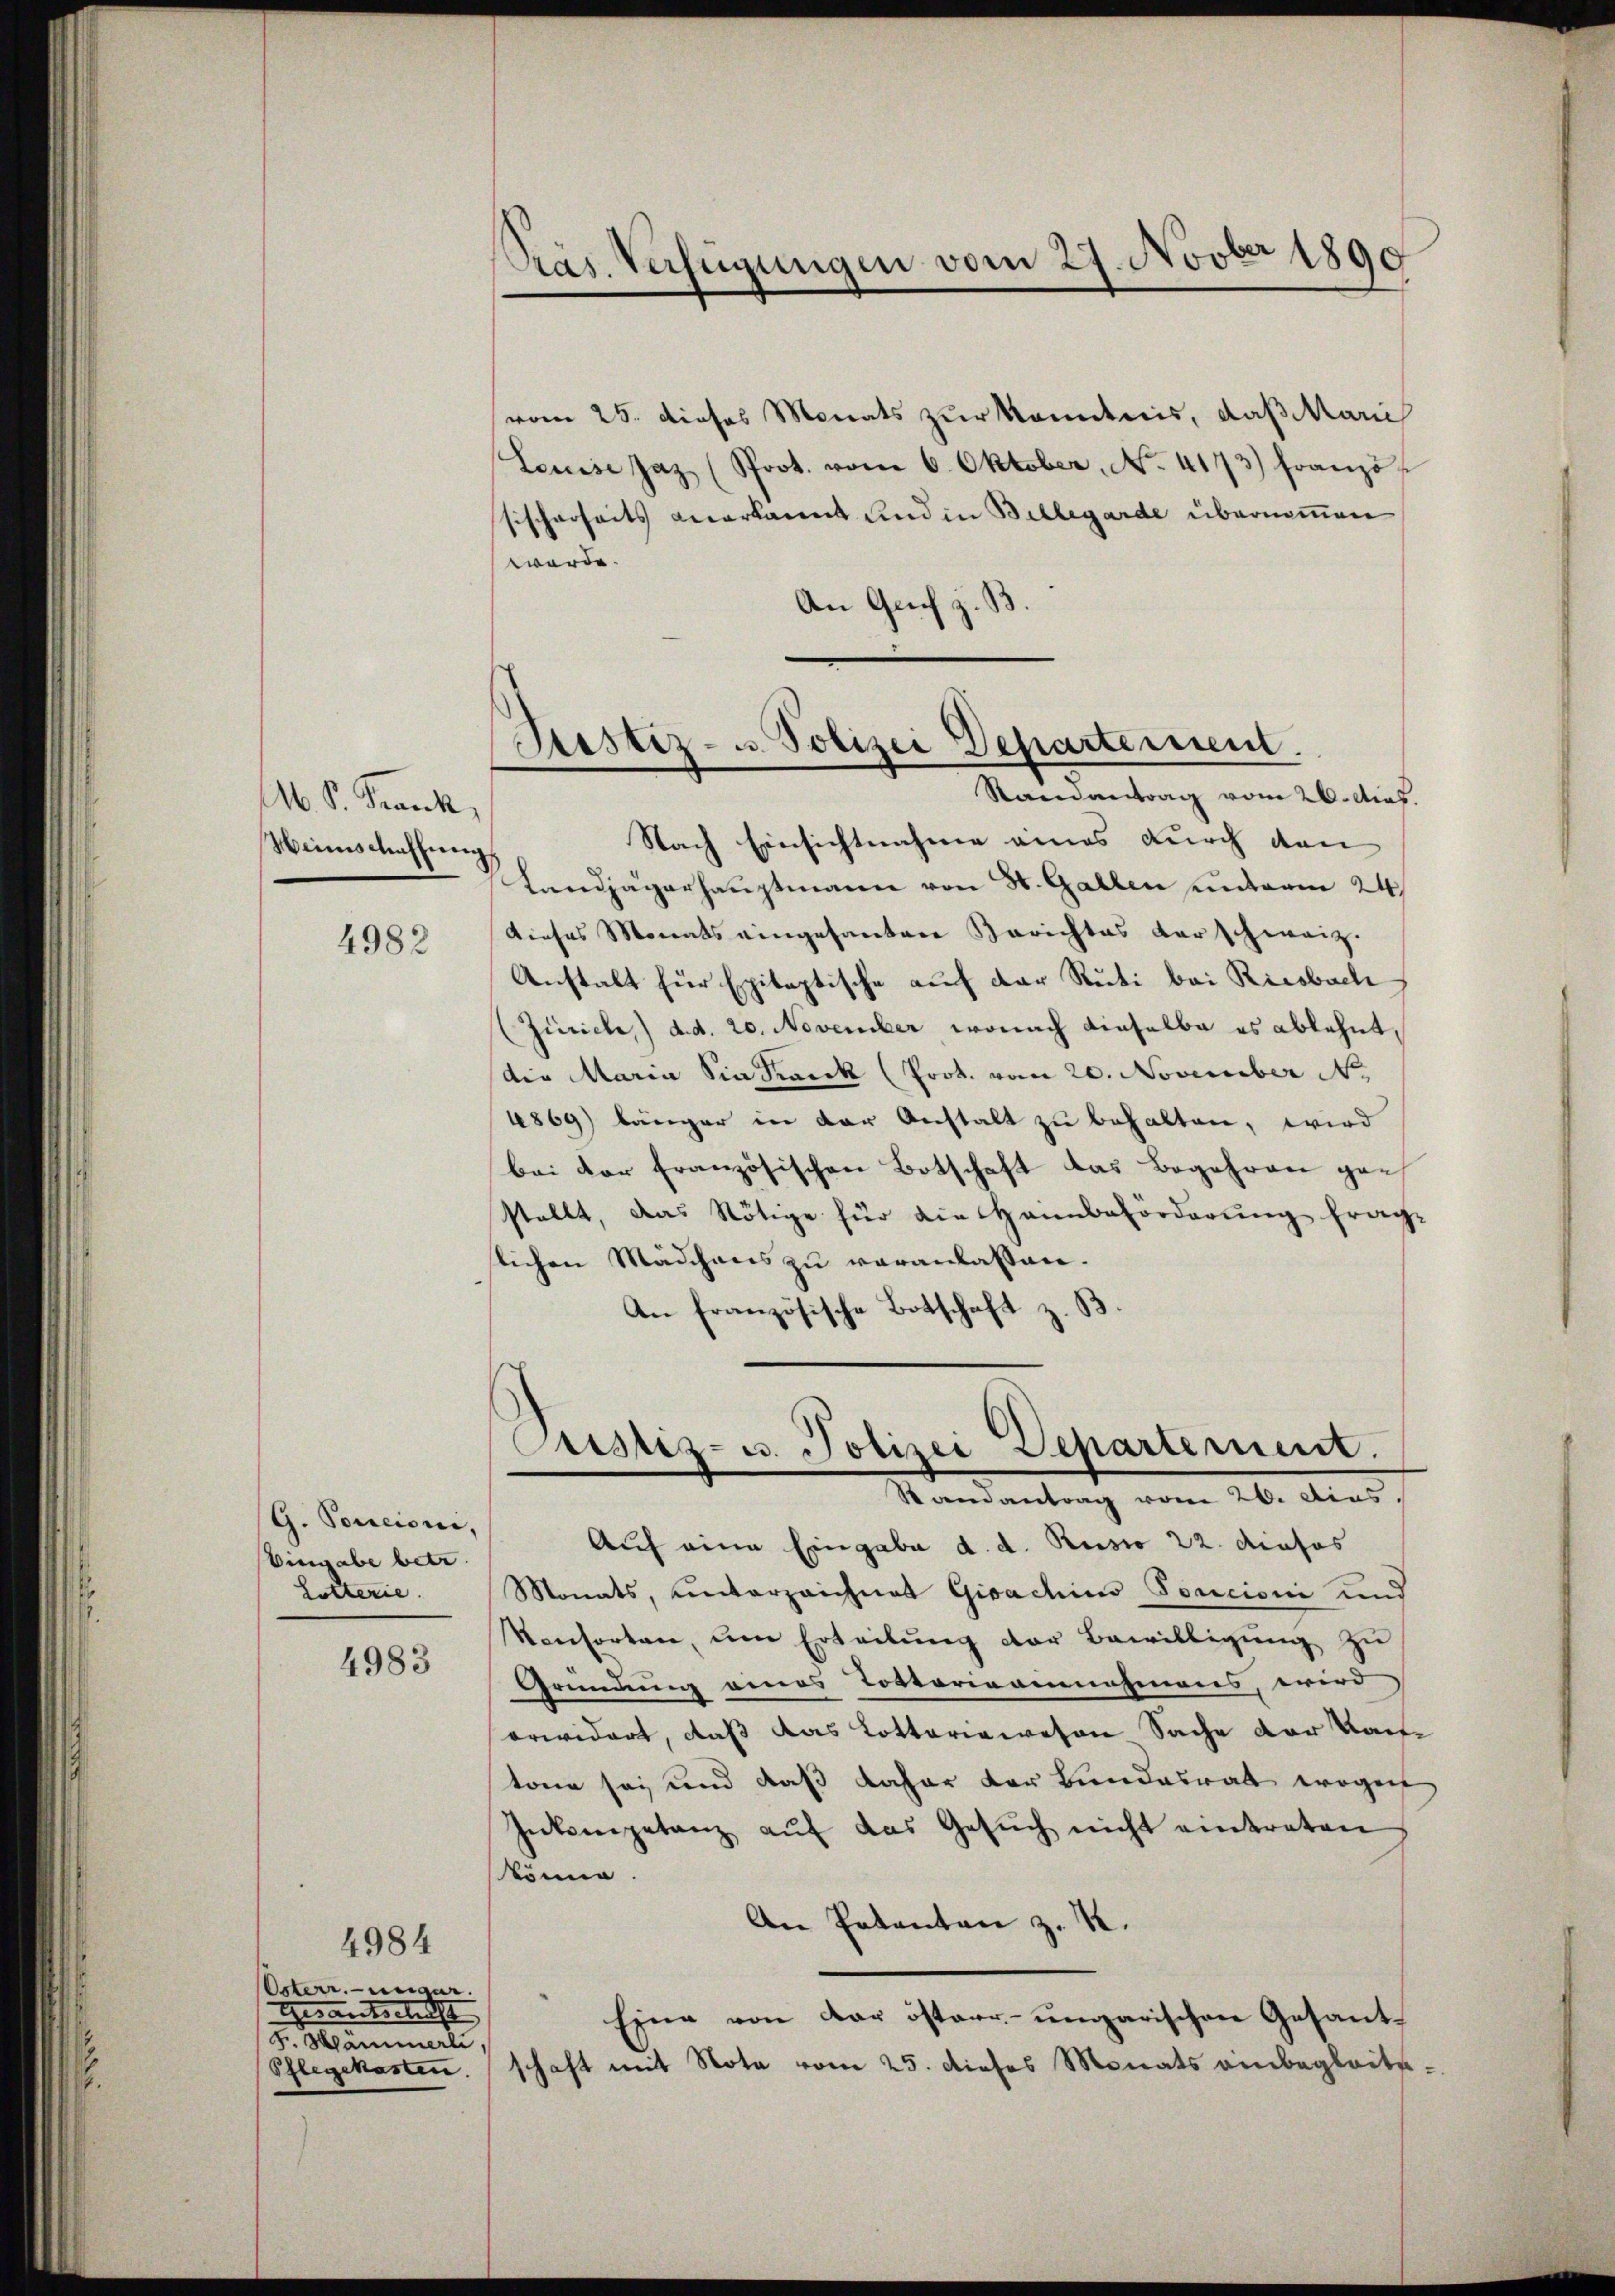
M. P. Frank,
Weinschaffung

4982

(G. Concioni,
Vingabe betr.
Lotterie.

4983

Osterr.-ungar.
Gesandtschaft
z. Stämmerli,
Pflegekasten.

4984

Präs. Verfügungen vom 27. Novber 1890

vom 25. dieses Monats zur Kenntnis, daß Marie
Leuise Jaz (Prot. vom 6. Oktober, No. 4173) Französ
sischerheits anerkannt und in Billegarde übernommen
werde.
An Grich z. B

Nach Einsichtnahme eines durch den
Landjägerhauptmann von St. Gallen unterm 24.
dieses Monats eingesanten Berichtes darschweiz.
Anstalt für Epitaptische auf der Rüti bei Riesbach
(Zürich) d.d. 20. November, wonach dieselbe es ablehnt,
die Maria Sia Kranck (Prot. vom 20. November No
4869) länger in der Anstalt zu behalten, wird
bei der französischen Botschaft das Begehren gestellt, das Nötige für die Haimbeförderung fraglichen Mädchens zu veranlassen.
An französische Botschaft z. B.

Justiz- u. Polizei Departement.
Randantrag vom 26. ds.

Ramantrag vom 26. dies
Auf eine Eingabe d. d. Rusto 22. dieses
Monats, unterzeichnet Gioachius Soncione und
Konsorten, ŭm Erteilŭng der Bewilligŭng zu
Gründung eines Toctoriannahmens, wird
arwidert, daß das Lotteriewesen Sache der Kaitone sei und daß daher der Bundesrath wogen
Inkompetanz aŭf das Gesŭch nicht eintreten
könne.
An Patenten z. K.
Eine von der öster- ungarischen Gesant-
schaft mit Note vom 25. dieses Monats anbegleite¬

Justiz- u. Polizei Departement.